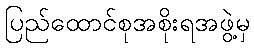
ပြည်ထောင်စုအစိုးရအဖွဲ့မှ